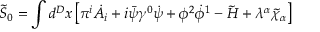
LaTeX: \tilde { S } _ { 0 } = \int d ^ { D } x \left[ \pi ^ { i } \dot { A } _ { i } + i \bar { \psi } \gamma ^ { 0 } \dot { \psi } + \phi ^ { 2 } \dot { \phi } ^ { 1 } - \tilde { \cal H } + \lambda ^ { \alpha } \tilde { \chi } _ { \alpha } \right]